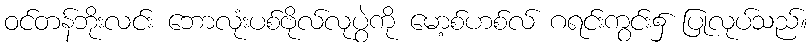
ဝင်တန်ဘိုးလင်း ဘောလုံးပစ်ဗိုလ်လုပွဲကို မော့စ်ဟစ်လ် ဂရင်းကွင်း၌ ပြုလုပ်သည်။